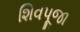
શિવપૂજા